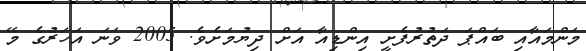
މަންމައާއި ބައްޕަ ދަތުރުފެށީ އިންޑިއާ އަށް ދިޔުމަށެވެ. 2005 ވަނަ އަހަރުގެ މޭ